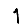
Digit: 1